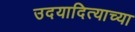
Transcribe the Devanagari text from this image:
उदयादित्याच्या